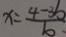
x = \frac { 4 - 3 b } { b }